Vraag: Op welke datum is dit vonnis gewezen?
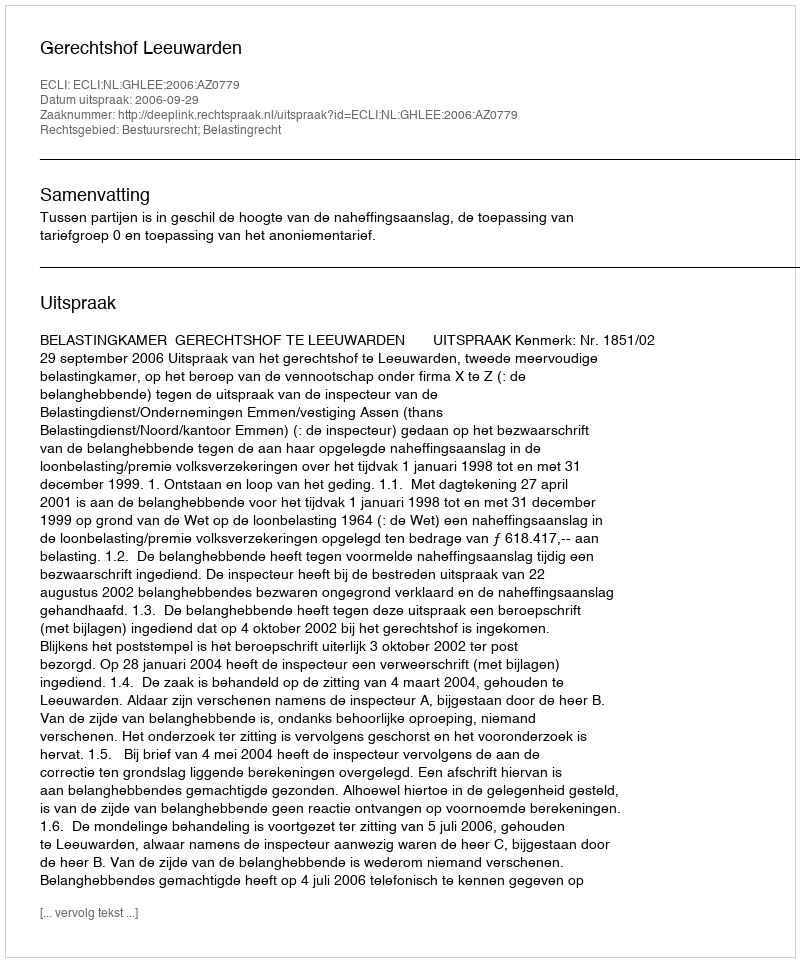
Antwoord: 2006-09-29